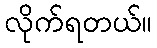
လိုက်ရတယ်။